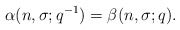
\begin{align*} \alpha(n,\sigma;q^{-1}) = \beta(n,\sigma;q).\end{align*}